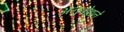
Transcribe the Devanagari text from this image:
अनुबोधने